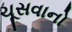
ચૂસવાનો